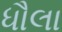
ધૌલા